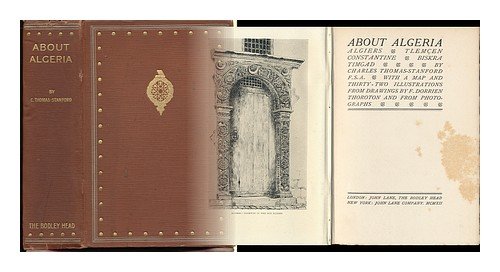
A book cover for About Algeria;: Algiers, TlemcÃEÂ§en, Constantine, Biskra, Timgad,; C Thomas-Stanford; Travel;